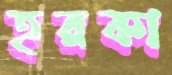
হরকা